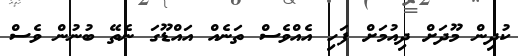
ކުދިން މޫދަށް ދިއުމަށް ފަހި އެއްވެސް ތަނެއް އައްޑޫގަ ނެތޭ ބުނުން ވެސް